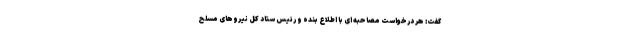
گفت: هر درخواست مصاحبه ای با اطلاع بنده و رئیس ستاد کل نیروهای مسلح